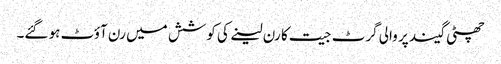
چھٹی گیند پر والی گرٹ جیت کا رن لینے کی کوشش میں رن آؤٹ ہو گئے۔